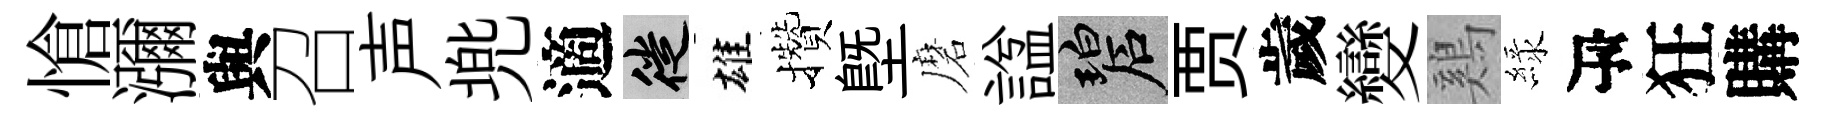
愴瀰與召声兠適徙雄攢塈磨諡碧贾歲變鷄緑瓴狂購